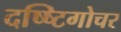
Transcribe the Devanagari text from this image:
दष्ष्टिगोचर